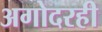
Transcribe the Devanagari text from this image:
अगोदरही